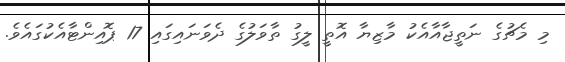
މި މެޗުގެ ނަތީޖާއާއެކު މާޒިޔާ އޮތީ ލީގު ތާވަލުގެ ދެވަނައިގައި 17 ޕޮއިންޓާއެކުގައެެވެ.